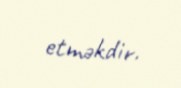
etməkdir.